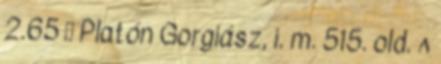
2.65 ↑ Platón Gorgiász, i. m. 515. old. ^